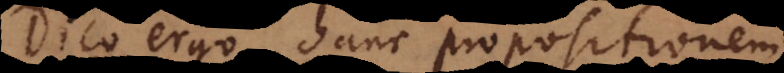
Dico ergo hanc propositionem